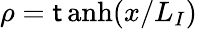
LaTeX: \rho=\operatorname{\mathsf{t}anh}(x/L_{I})